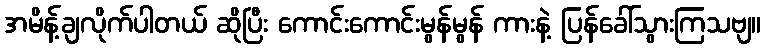
အမိန့်ချလိုက်ပါတယ် ဆိုပြီး ကောင်းကောင်းမွန်မွန် ကားနဲ့ ပြန်ခေါ်သွားကြသဗျ။